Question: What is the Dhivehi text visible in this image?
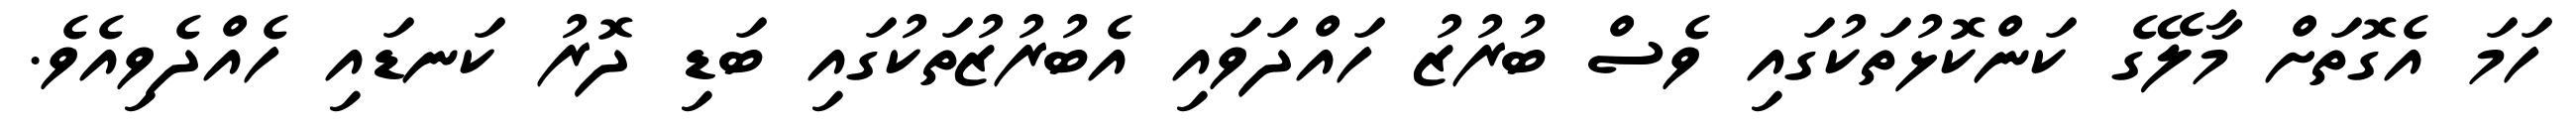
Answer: ހަމަ އެގޮތަށް މާލޭގެ ކަންކޮޅުތަކުގައި ވެސް ބުރުޒު ހައްދަވައި އެބުރުޒުތަކުގައި ބަޑި ދޮރު ކަނޑައި ހެއްދެވިއެވެ.